NAE_ERA_R-2324_Eesti_Vabariigi_Pohiseaduslik_Assamblee, lk 198
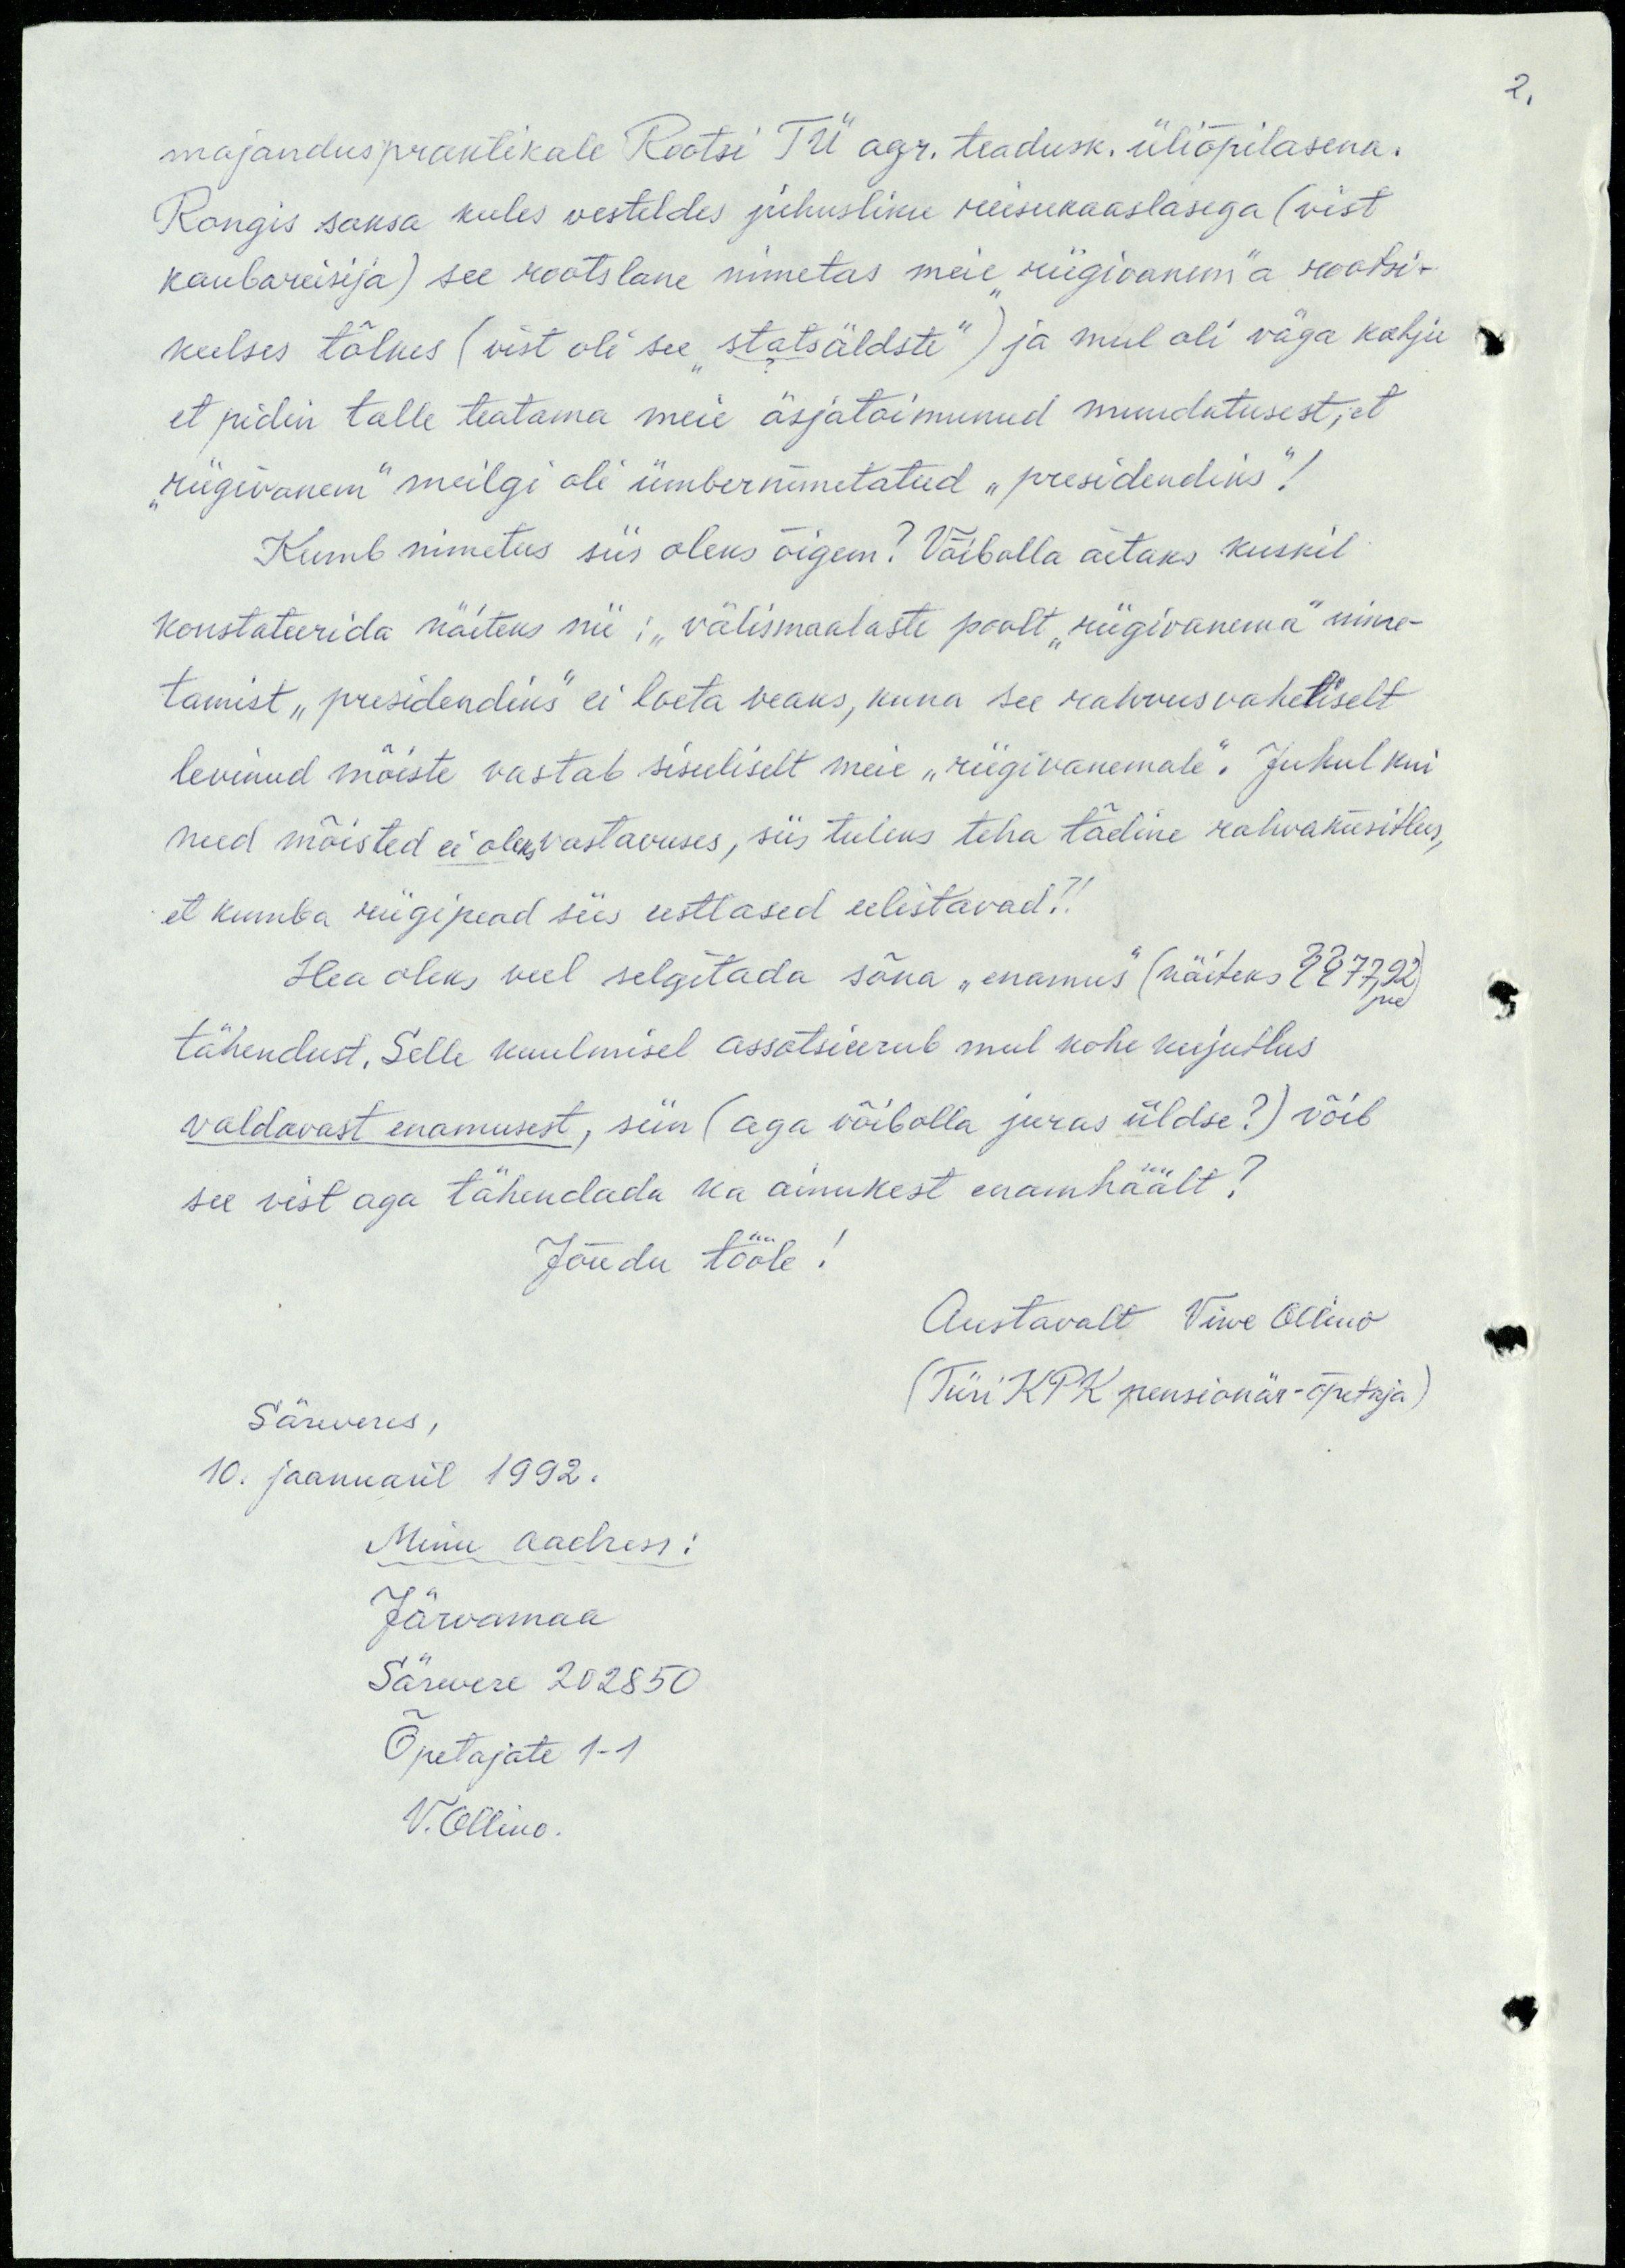
2.

majanduspraktikale Rootsi TÜ agr. teadusk. üliõpilasena.
Rongis saksa keeles vesteldes juhusliku reisukaaslasega (vist
kaubareisija) see rootslane nimetas meie "riigivanem"a rootsi-
keelses tõlkes (vist oli see "statsäldste") ja mul oli väga kahju
et pidin talle teatama meie äsjatoimunud muudatusest, et
"riigivanem" meilgi oli ümbernimetatud "presidendiks"!
Kumb nimetus siis oleks õigem? Võibolla aitaks kuskil
konstateerida näiteks nii: "välismaalaste poolt "riigivanema" nime-
tamist "presidendiks" ei loeta veaks, kuna see rahvusvaheliselt
levinud mõiste vastab sisuliselt meie "riigivanemale". Juhul kui
need mõisted ei oleks vastavuses, siis tuleks teha tõeline rahvaküsitlus,
et kumba riigipead siis eestlased eelistavad?!
Hea oleks veel selgitada sõna "enamus" (näiteks §§ 77, 92)
jne
tähendust. Selle kuulmisel assotsieerub mul kohe kujutlus
valdavast enamusest, siin (aga võibolla juras üldse?) võib
see vist aga tähendada ka ainukest enamhäält?
Jõudu tööle!
Austavalt Virve Ollino
(Türi KPK pensionär-õpetaja)
Säreveres,
10. jaanuaril 1992.
Minu aadress:
Järvamaa
Särevere 202850
Õpetajate 1-1
V. Ollino.